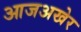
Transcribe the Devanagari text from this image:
आजअखेर